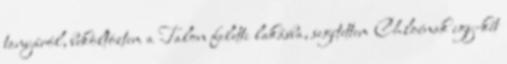
tanyáról, beköltöztem a Talon feletti lakásba, segítettem Chloénak egy-két